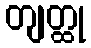
တျတ္ထု